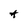
Character: A